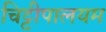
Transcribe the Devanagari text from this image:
चिट्टीपालयम